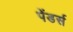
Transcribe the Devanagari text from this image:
पेंडर्स